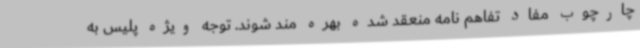
چارچوب مفاد تفاهم نامه منعقد شده بهره مند شوند. توجه ویژه پلیس به